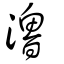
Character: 瀂